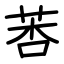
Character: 莕